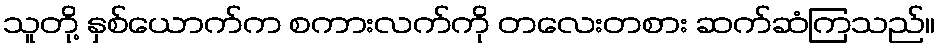
သူတို့ နှစ်ယောက်က စကားလက်ကို တလေးတစား ဆက်ဆံကြသည်။